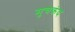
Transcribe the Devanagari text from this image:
मुचकंद